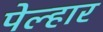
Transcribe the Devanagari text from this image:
पेल्हार